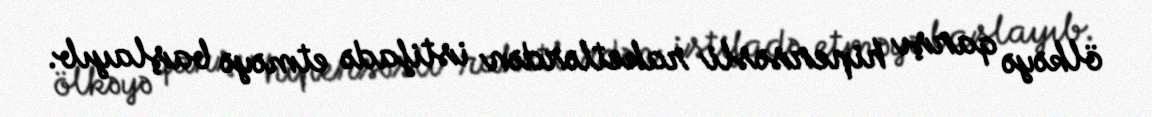
ölkəyə qarşı hipersəsli raketlərdən istifadə etməyə başlayıb.